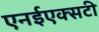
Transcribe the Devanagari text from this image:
एनईएक्सटी